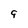
Character: 9